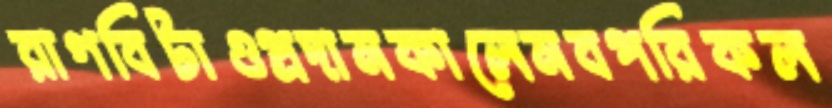
রাগবিটাওপ্রদানকালেনবপরিকল